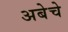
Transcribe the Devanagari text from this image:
अबेचे